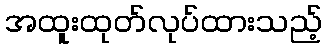
အထူးထုတ်လုပ်ထားသည့်